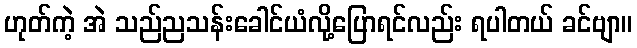
ဟုတ်ကဲ့ အဲ သည်ညသန်းခေါင်ယံလို့ပြောရင်လည်း ရပါတယ် ခင်ဗျာ။